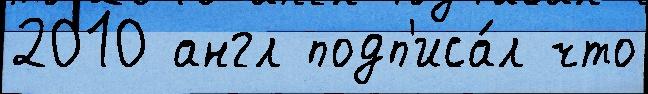
2010 англ подп'иса́л что